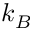
k _ { B }